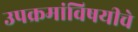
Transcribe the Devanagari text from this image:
उपक्रमांविषयीचे